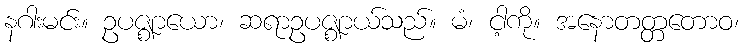
နဂါးမင်း။ ဥပဇ္ဈာယော၊ ဆရာဥပဇ္ဈာယ်သည်။ မံ၊ ငါ့ကို။ အနောတတ္တတောဝ၊